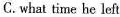
C.what time he left